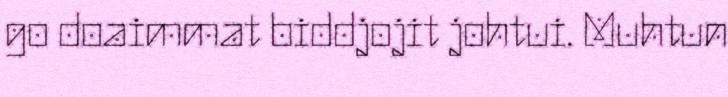
go doaimmat biddjojit johtui. Muhtun